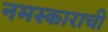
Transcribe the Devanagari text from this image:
नमस्काराची